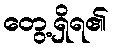
တွေ့ရှိရ၏